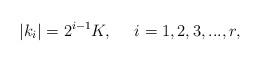
LaTeX: \begin{align*}|k_i|=2^{i-1}K, \ \ \ \ i=1, 2, 3, ..., r,\end{align*}